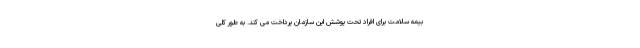
بیمه سلامت برای افراد تحت پوشش این سازمان پرداخت می کند. به طور کلی